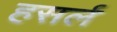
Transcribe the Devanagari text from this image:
हसर्ल